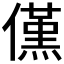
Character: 𠏽